Report of the Imperial Institute of Veterinary Research, Muktesar
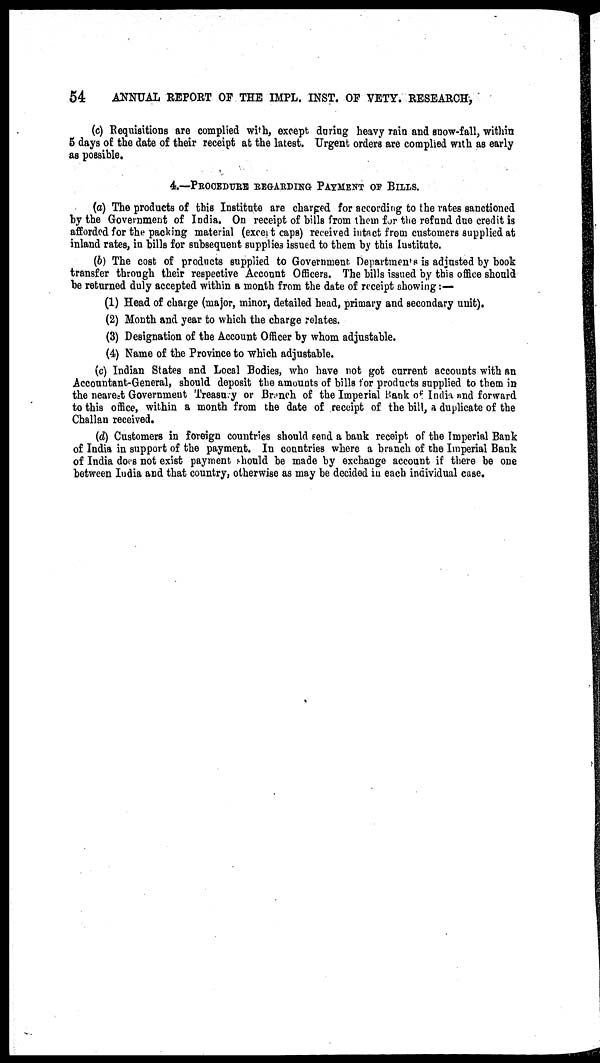
54
ANNUAL REPORT OF THE IMPL. INST. OF VETY. RESEARCH,
(c) Requisitions are complied with, except during heavy rain and snow-fall, within
5 days of the date of their receipt at the latest. Urgent orders are complied with as early
as possible.
4.—PROCEDURE REGARDING PAYMENT OF BILLS.
(a) The products of this Institute are charged for according to the rates sanctioned
by the Government of India. On receipt of bills from them for the refund due credit is
afforded for the packing material (except caps) received intact from customers supplied at
inland rates, in bills for subsequent supplies issued to them by this Institute.
(b) The cost of products supplied to Government Departments is adjusted by book
transfer through their respective Account Officers. The bills issued by this office should
be returned duly accepted within a month from the date of receipt showing :—
(1) Head of charge (major, minor, detailed head, primary and secondary unit).
(2) Month and year to which the charge relates.
(3) Designation of the Account Officer by whom adjustable.
(4) Name of the Province to which adjustable.
(c) Indian States and Local Bodies, who have not got current accounts with an
Accountant-General, should deposit the amounts of bills for products supplied to them in
the nearest Government Treasury or Branch of the Imperial Bank of India and forward
to this office, within a month from the date of receipt of the bill, a duplicate of the
Challan received.
(d) Customers in foreign countries should send a bank receipt of the Imperial Bank
of India in support of the payment. In countries where a branch of the Imperial Bank
of India does not exist payment should be made by exchange account if there be one
between India and that country, otherwise as may be decided in each individual case.